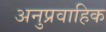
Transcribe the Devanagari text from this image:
अनुप्रवाहिक